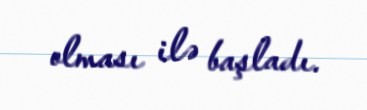
olması ilə başladı.